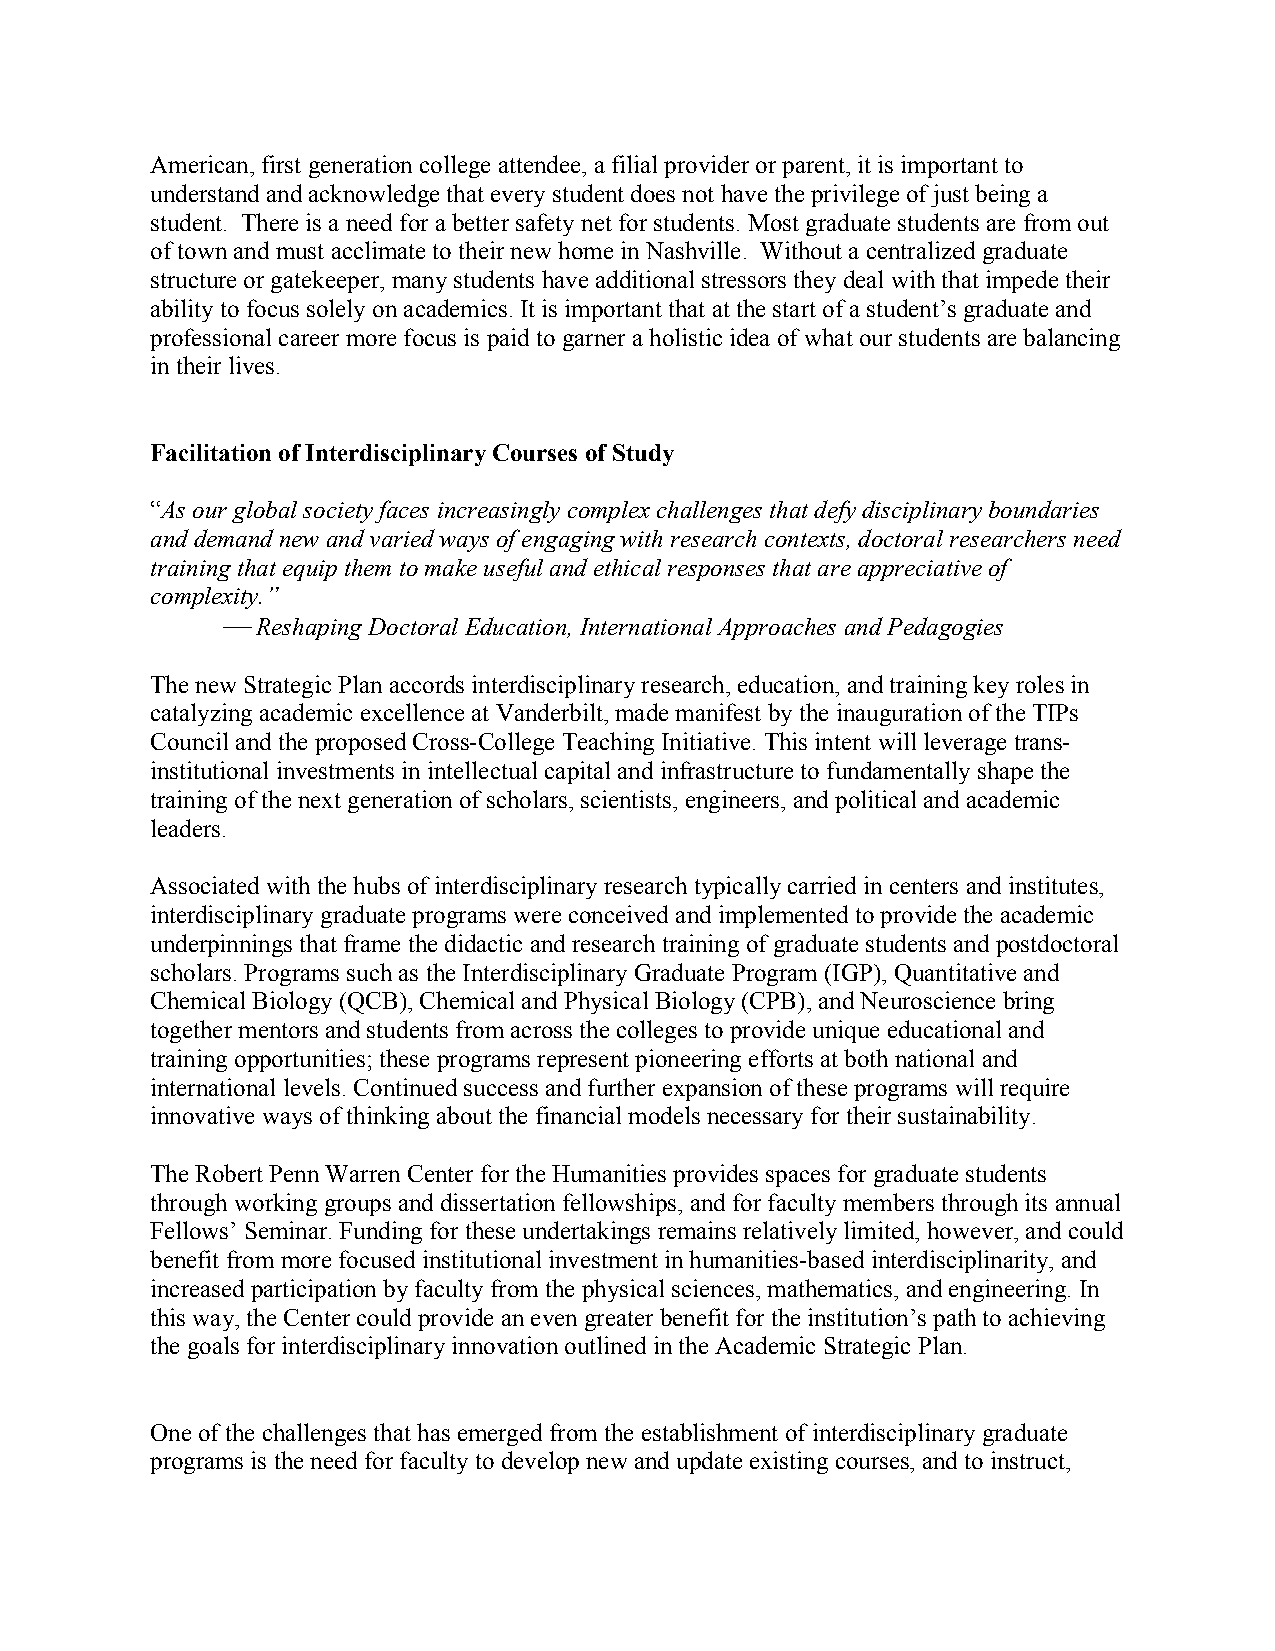
American, first generation college attendee, a filial provider or parent, it is important to
 understand and acknowledge that every student does not have the privilege of just being a
 student. There is a need for a better safety net for students. Most graduate students are from out
 of town and must acclimate to their new home in Nashville. Without a centralized graduate
 structure or gatekeeper, many students have additional stressors they deal with that impede their
 ability to focus solely on academics. It is important that at the start of a student’s graduate and
 professional career more focus is paid to garner a holistic idea of what our students are balancing
 in their lives.
 Facilitation of Interdisciplinary Courses of Study
 “As our global society faces increasingly complex challenges that defy disciplinary boundaries
 and demand new and varied ways of engaging with research contexts, doctoral researchers need
 training that equip them to make useful and ethical responses that are appreciative of
 complexity.”
 ⎯ Reshaping Doctoral Education, International Approaches and Pedagogies
 The new Strategic Plan accords interdisciplinary research, education, and training key roles in
 catalyzing academic excellence at Vanderbilt, made manifest by the inauguration of the TIPs
 Council and the proposed Cross-College Teaching Initiative. This intent will leverage trans-
 institutional investments in intellectual capital and infrastructure to fundamentally shape the
 training of the next generation of scholars, scientists, engineers, and political and academic
 leaders.
 Associated with the hubs of interdisciplinary research typically carried in centers and institutes,
 interdisciplinary graduate programs were conceived and implemented to provide the academic
 underpinnings that frame the didactic and research training of graduate students and postdoctoral
 scholars. Programs such as the Interdisciplinary Graduate Program (IGP), Quantitative and
 Chemical Biology (QCB), Chemical and Physical Biology (CPB), and Neuroscience bring
 together mentors and students from across the colleges to provide unique educational and
 training opportunities; these programs represent pioneering efforts at both national and
 international levels. Continued success and further expansion of these programs will require
 innovative ways of thinking about the financial models necessary for their sustainability.
 The Robert Penn Warren Center for the Humanities provides spaces for graduate students
 through working groups and dissertation fellowships, and for faculty members through its annual
 Fellows’ Seminar. Funding for these undertakings remains relatively limited, however, and could
 benefit from more focused institutional investment in humanities-based interdisciplinarity, and
 increased participation by faculty from the physical sciences, mathematics, and engineering. In
 this way, the Center could provide an even greater benefit for the institution’s path to achieving
 the goals for interdisciplinary innovation outlined in the Academic Strategic Plan.
 One of the challenges that has emerged from the establishment of interdisciplinary graduate
 programs is the need for faculty to develop new and update existing courses, and to instruct,